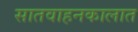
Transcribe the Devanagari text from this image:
सातवाहनकालात